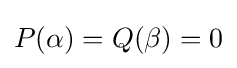
P(\alpha )=Q(\beta )=0